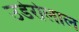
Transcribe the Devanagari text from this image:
उडेरोलाल